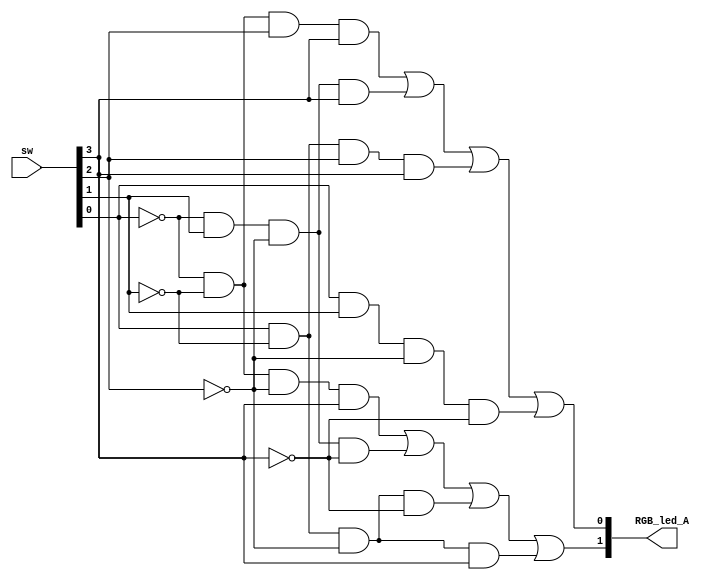
`timescale 1ns / 1ps
//////////////////////////////////////////////////////////////////////////////////
// Company: 
// Engineer: 
// 
// Design Name: 
// Module Name: auto_new
// Project Name: 
// Target Devices: 
// Tool Versions: 
// Description: 
// 
// Dependencies: 
// 
// Revision:
// Revision 0.01 - File Created
// Additional Comments:
// 
//////////////////////////////////////////////////////////////////////////////////


module auto_new(

input [3:0] sw,
output  [1:0] RGB_led_A
    );
    assign RGB_led_A [1] = (~sw[0] & ~sw[1] & ~sw[2] & sw[3]) |
                           (~sw[0]& sw[1] & ~sw[2] & ~sw[3]) | 
                           (sw[0]& ~sw[1] & ~sw[2] & ~sw[3])|
                           (sw[0]& ~sw[1] & ~sw[2] & sw[3]);
                          
                           
    assign RGB_led_A [0] =(~sw[0] & ~sw[1] & sw[2] & sw[3]) |
                           (~sw[0] & sw[1] & ~sw[2] & sw[3]) | 
                           (sw[0] & ~sw[1] & sw[2] & sw[3]) |
                           (sw[0] & sw[1] & ~sw[2] & ~sw[3]);          
endmodule